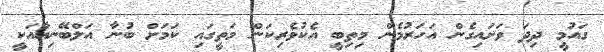
ގައުމީ ދިދަ ވަށައިގެން އަހަރުމެން މިތިބީ އެކުވެރިކަން މަތީގައި ކަމަށް ބުނާ އަލްބޭނިއާއަކީ